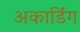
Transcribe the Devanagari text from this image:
अकार्डिंग